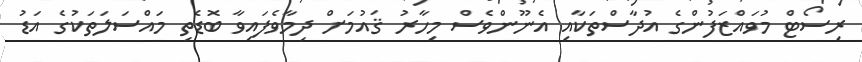
ރިސޯޓް މުވައްޒަފުންގެ އުދާސްތަކާއި އެނޫންވެސް މިހާރު ޤައުމަށް ދިމާވެފައިވާ ބޮޑެތި މައްސަލަތަކުގެ އަޑު